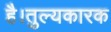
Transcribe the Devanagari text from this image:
है।तुल्यकारक